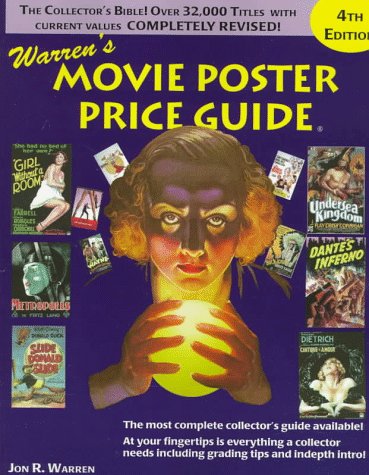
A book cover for Warren's Movie Poster Price Guide, Fourth Edition; Jon R. Warren; Crafts, Hobbies & Home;